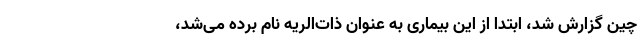
چین گزارش شد، ابتدا از این بیماری به‌ عنوان ذات‌الریه نام ‌برده می‌شد،